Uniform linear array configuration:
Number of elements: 24
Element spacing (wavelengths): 0.75
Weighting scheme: kaiser
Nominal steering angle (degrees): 30
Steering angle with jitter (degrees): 29.749
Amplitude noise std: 0.05
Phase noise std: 0.05

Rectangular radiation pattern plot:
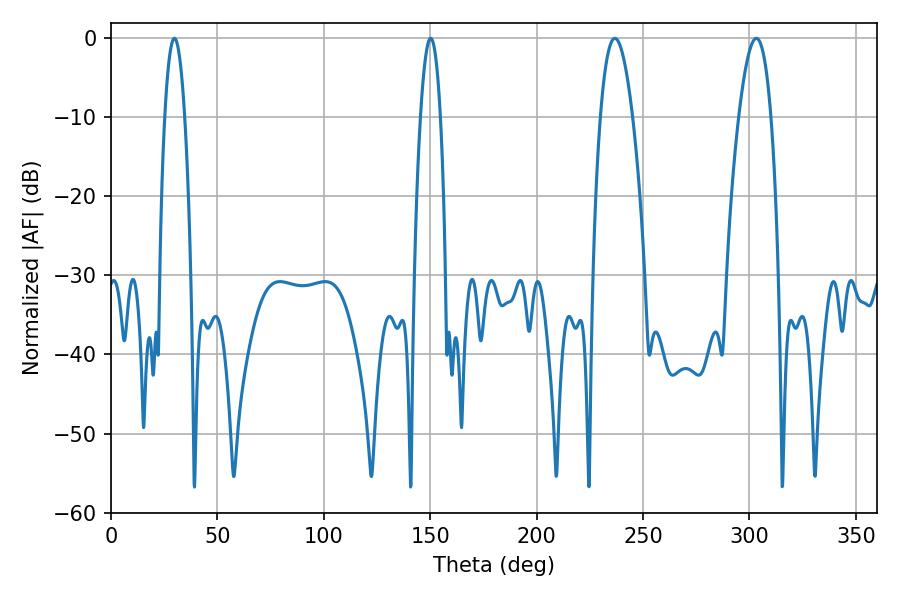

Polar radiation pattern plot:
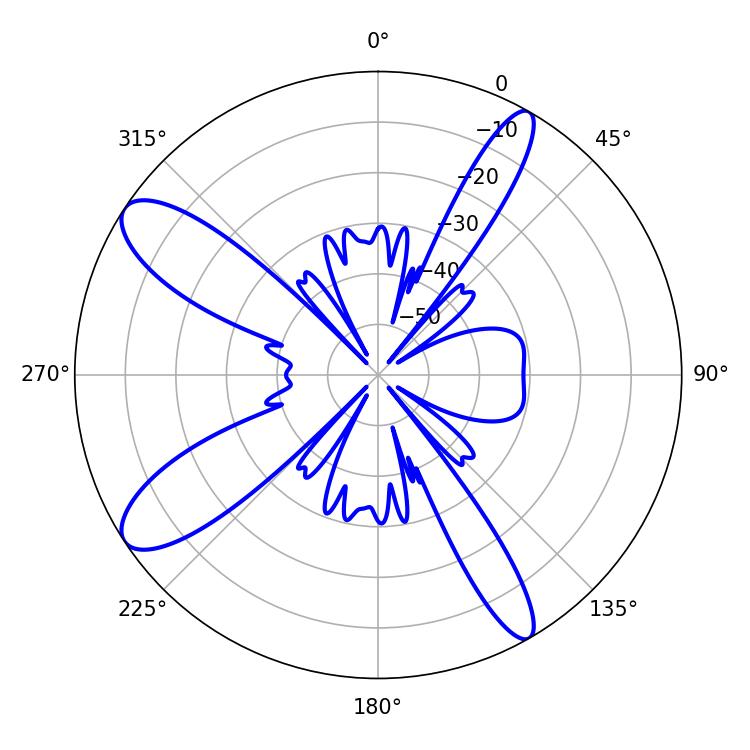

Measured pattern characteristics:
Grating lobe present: TRUE
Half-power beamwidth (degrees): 8.28
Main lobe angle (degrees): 236.7